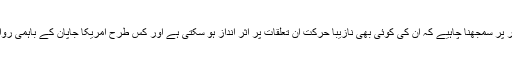
ہر فوجی کو لازمی طور پر سمجھنا چاہیے کہ ان کی کوئی بھی نازیبا حرکت ان تعلقات پر اثر انداز ہو سکتی ہے اور کس طرح امریکا جاپان کے باہمی روابط متاثر ہو سکتے ہیں۔